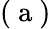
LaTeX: \left(\mathrm{~a~}\right)